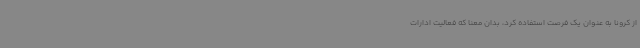
از کرونا به عنوان یک فرصت استفاده کرد، بدان معنا که فعالیت ادارات